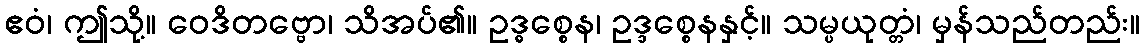
ဧဝံ၊ ဤသို့။ ဝေဒိတဗ္ဗော၊ သိအပ်၏။ ဥဒ္ဓစ္စေန၊ ဥဒ္ဒစ္စေနနှင့်။ သမ္ပယုတ္တံ၊ မှန်သည်တည်း။